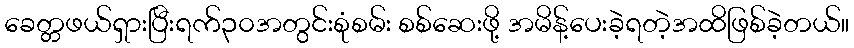
ခေတ္တဖယ်ရှားပြီးရက်၃၀အတွင်းစုံစမ်း စစ်ဆေးဖို့ အမိန့်ပေးခဲ့ရတဲ့အထိဖြစ်ခဲ့တယ်။